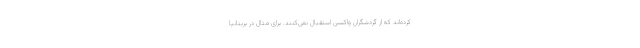
کرده‌اند که از گردشگران واکسن استقبال نمی‌کنند. برای مثال در بریتانیا